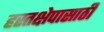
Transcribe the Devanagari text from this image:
हस्तक्षेपासाठी